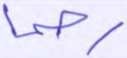
رحما